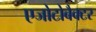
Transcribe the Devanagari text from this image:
एजोटोबैक्टर